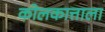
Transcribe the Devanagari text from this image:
कोलकात्ताला